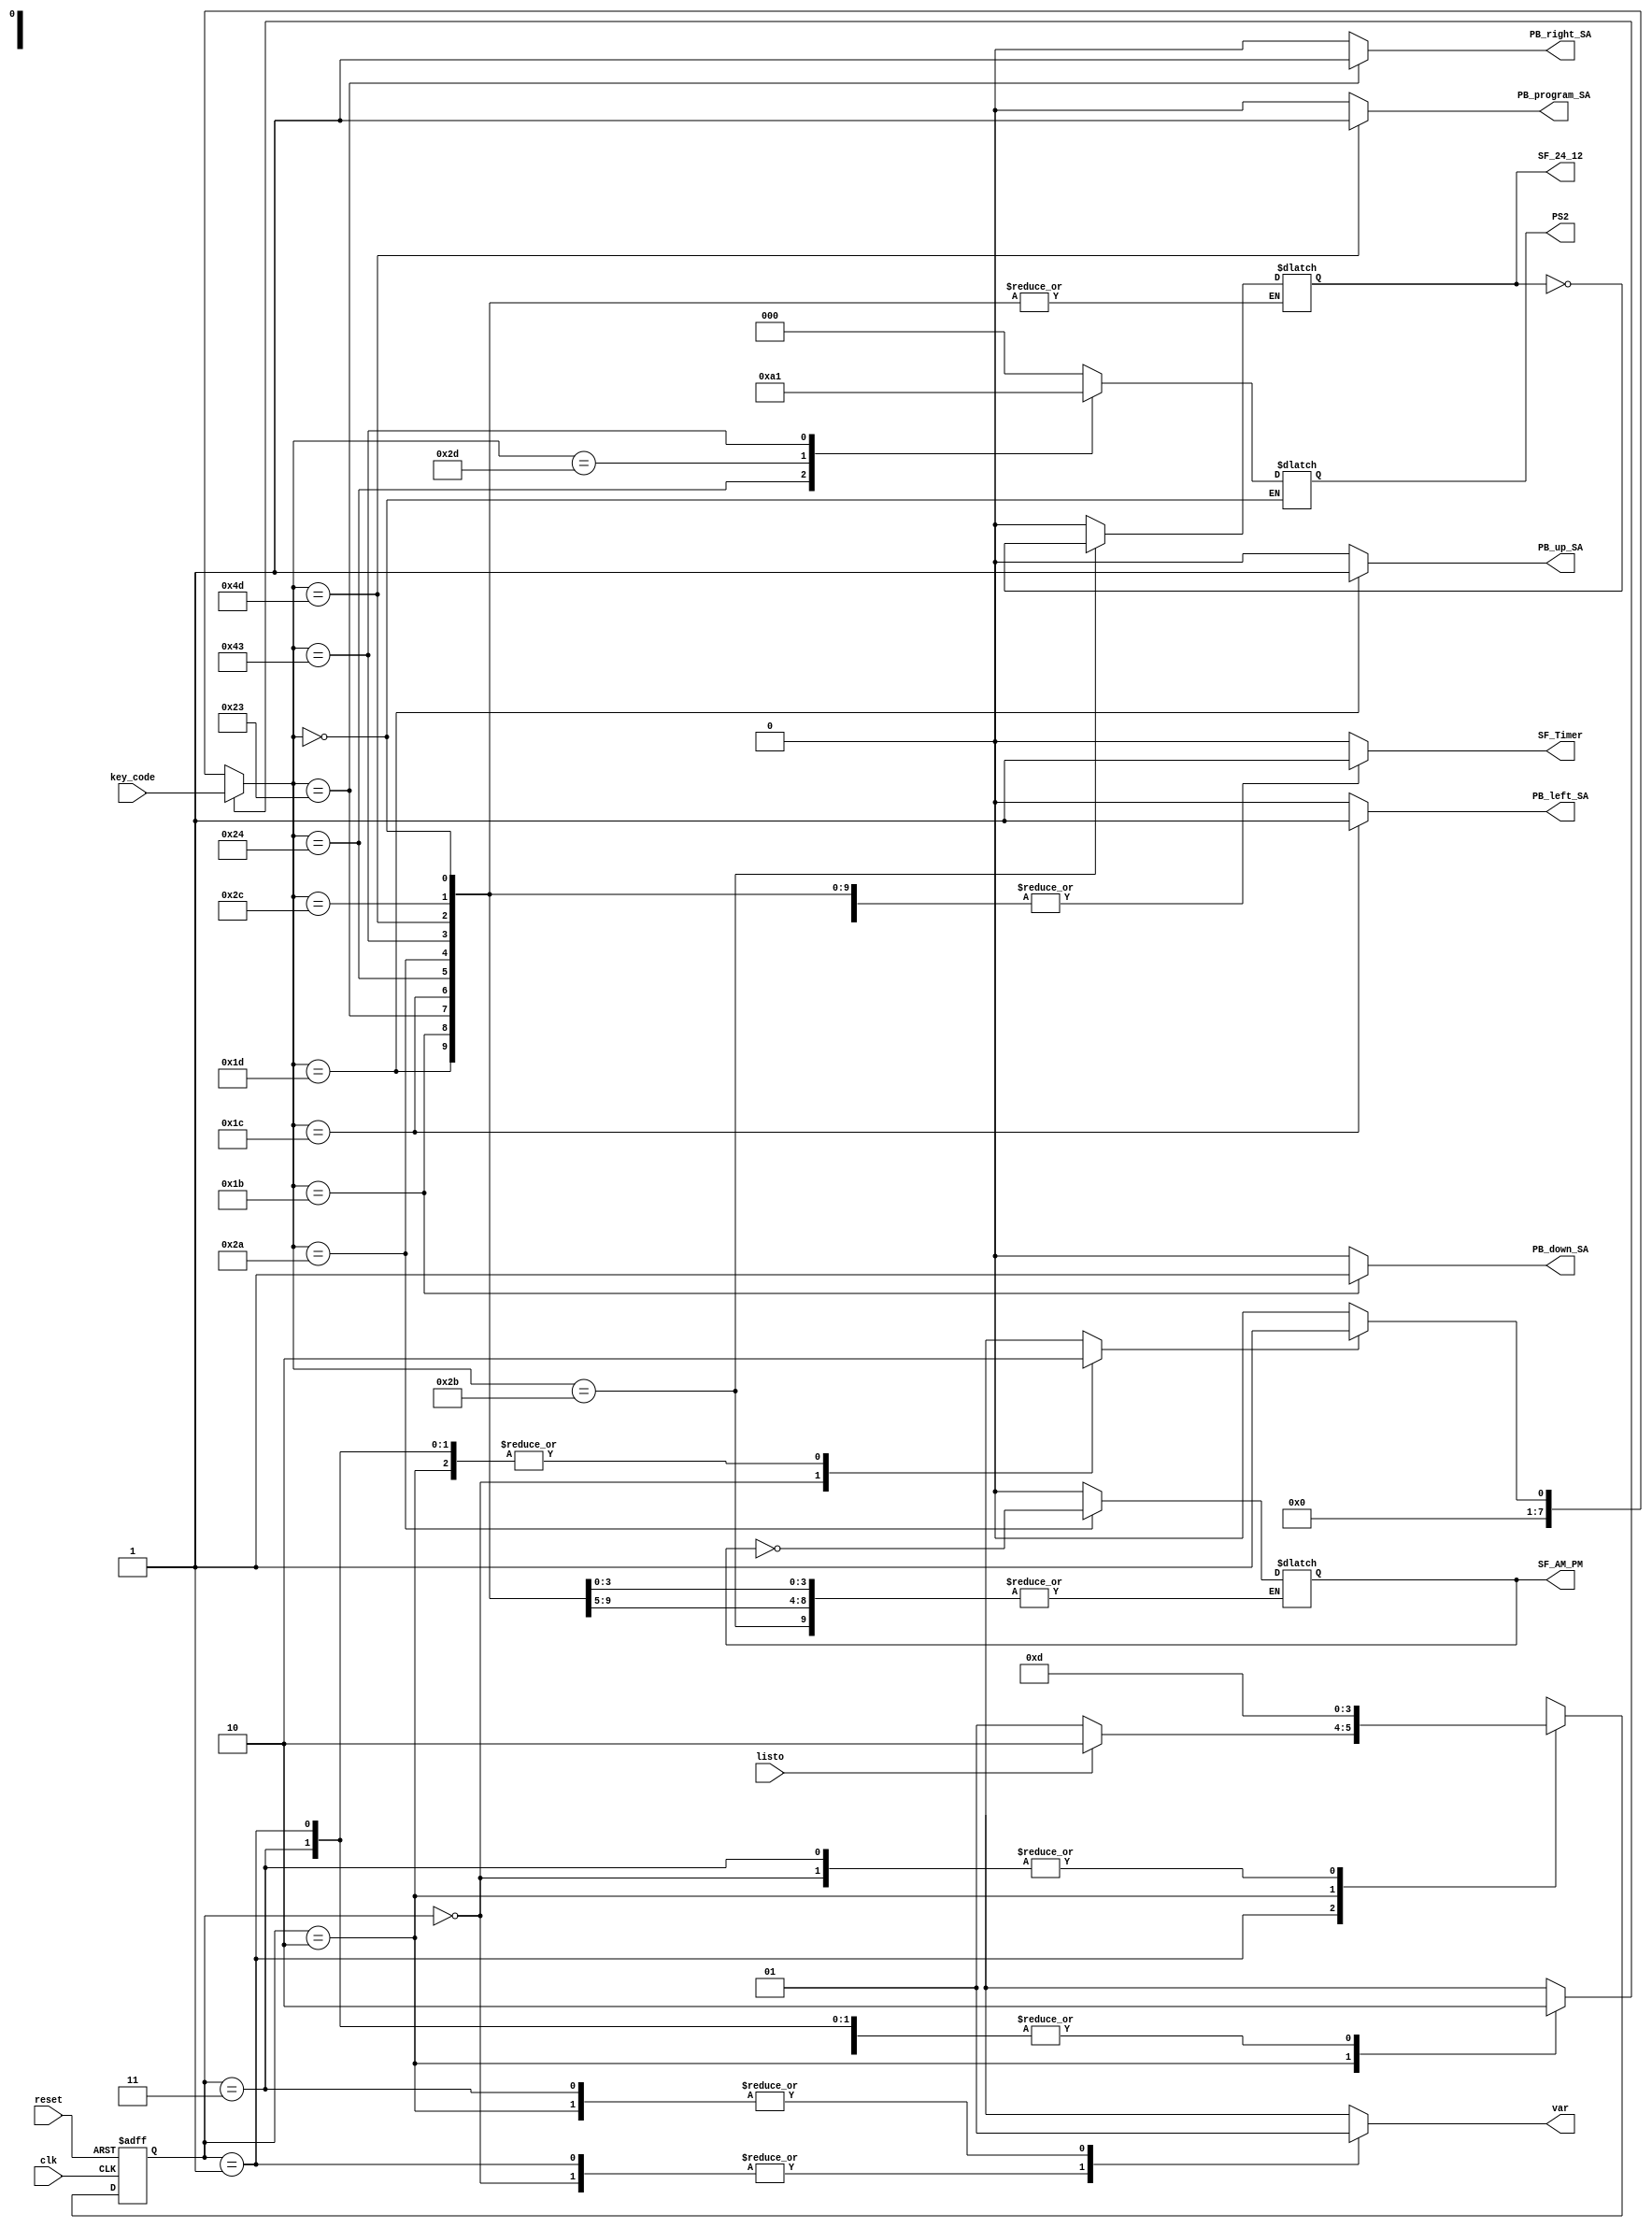
`timescale 1ns / 1ps
//////////////////////////////////////////////////////////////////////////////////
// Company: 
// Engineer: 
// 
// Design Name: 
// Module Name:    Interfaz_PS2_RTC 
// Project Name: 
// Target Devices: 
// Tool versions: 
// Description: 
//
// Dependencies: 
//
// Revision: 
// Revision 0.01 - File Created
// Additional Comments: 
//
//////////////////////////////////////////////////////////////////////////////////
module Interfaz_PS2_RTC(input [7:0]key_code,
	input listo,clk,reset,
	output reg var,
	output reg [2:0]PS2,
	output reg SF_Timer,SF_24_12,SF_AM_PM,PB_program_SA,PB_up_SA,PB_left_SA,PB_right_SA,PB_down_SA
    );

reg [7:0]Tecla_leida;
reg [1:0] Est_Actual,Est_Sig;
reg listo1,ini;

always @(posedge clk, posedge reset)
begin 
	if (reset)
		Est_Actual<=2'b00;
	else
		Est_Actual<=Est_Sig;
end 

always @*
begin
	Est_Sig=Est_Actual;
	case (Est_Actual)
		2'b00:
		begin
			ini = 1'b1;
			listo1 = 1'b0;
			var = 1'b0;
			Est_Sig = 2'b01;
		end
		2'b01: 
		begin
			ini = 1'b0;
			listo1 = 1'b0;
			var = 1'b0;
			if (listo)
				Est_Sig = 2'b10;
			else
			begin
				Est_Sig = 2'b01;
			end
		end
		2'b10:
		begin 
			ini = 1'b0;
			listo1 = 1'b1;
			var = 1'b1;
			Est_Sig = 2'b11;
		end
		2'b11:
		begin
			ini = 1'b0;
			listo1 = 1'b0;
			var = 1'b1;
			Est_Sig = 2'b01;
		end 
		default: 
		begin
			ini = 1'b0;
			Est_Sig = 2'b00;
			listo1 = 1'b0;
			var = 1'b0;
		end
	endcase
end

always @*
begin
	if (listo1)
		Tecla_leida = key_code;
	else if (ini)
		Tecla_leida = 8'b00000001;
	else
		Tecla_leida = 8'b00000000;
end

always @*
	case(Tecla_leida)
		8'h00:begin
			PS2 = PS2;
			SF_Timer = 1'b1;
			SF_24_12 = SF_24_12;
			SF_AM_PM = SF_AM_PM;
			PB_program_SA = 1'b0;
			PB_up_SA = 1'b0;
			PB_left_SA = 1'b0;
			PB_right_SA = 1'b0;
			PB_down_SA = 1'b0;
		end
		8'h01:begin
			PS2 = 3'b000;
			SF_Timer = 1'b0;
			SF_24_12 = 1'b0;
			SF_AM_PM = 1'b0;
			PB_program_SA = 1'b0;
			PB_up_SA = 1'b0;
			PB_left_SA = 1'b0;
			PB_right_SA = 1'b0;
			PB_down_SA = 1'b0;
		end
		8'h1d:begin
			PS2 = 3'b000;
			SF_Timer = 1'b1;
			SF_24_12 = SF_24_12;
			SF_AM_PM = SF_AM_PM;
			PB_program_SA = 1'b0;
			PB_up_SA = 1'b1;
			PB_left_SA = 1'b0;
			PB_right_SA = 1'b0;
			PB_down_SA = 1'b0;
		end
		8'h1b:begin
			PS2 = 3'b000;
			SF_Timer = 1'b1;
			SF_24_12 = SF_24_12;
			SF_AM_PM = SF_AM_PM;
			PB_program_SA = 1'b0;
			PB_up_SA = 1'b0;
			PB_left_SA = 1'b0;
			PB_right_SA = 1'b0;
			PB_down_SA = 1'b1;
		end
		8'h23:begin
			PS2 = 3'b000;
			SF_Timer = 1'b1;
			SF_24_12 = SF_24_12;
			SF_AM_PM = SF_AM_PM;
			PB_program_SA = 1'b0;
			PB_up_SA = 1'b0;
			PB_left_SA = 1'b0;
			PB_right_SA = 1'b1;
			PB_down_SA = 1'b0;
		end
		8'h1c:begin
			PS2 = 3'b000;
			SF_Timer = 1'b1;
			SF_24_12 = SF_24_12;
			SF_AM_PM = SF_AM_PM;
			PB_program_SA = 1'b0;
			PB_up_SA = 1'b0;
			PB_left_SA = 1'b1;
			PB_right_SA = 1'b0;
			PB_down_SA = 1'b0;
		end
		8'h24:begin
			PS2 = 3'b010;
			SF_Timer = 1'b1;
			SF_24_12 = SF_24_12;
			SF_AM_PM = SF_AM_PM;
			PB_program_SA = 1'b0;
			PB_up_SA = 1'b0;
			PB_left_SA = 1'b0;
			PB_right_SA = 1'b0;
			PB_down_SA = 1'b0;
		end
		8'h2d:begin
			PS2 = 3'b100;
			SF_Timer = 1'b0;
			SF_24_12 = 1'b0;
			SF_AM_PM = 1'b0;
			PB_program_SA = 1'b0;
			PB_up_SA = 1'b0;
			PB_left_SA = 1'b0;
			PB_right_SA = 1'b0;
			PB_down_SA = 1'b0;
		end
		8'h2b:begin
			PS2 = 3'b000;
			SF_Timer = 1'b1;
			SF_24_12 = ~SF_24_12;
			SF_AM_PM = SF_AM_PM;
			PB_program_SA = 1'b0;
			PB_up_SA = 1'b0;
			PB_left_SA = 1'b0;
			PB_right_SA = 1'b0;
			PB_down_SA = 1'b0;
		end
		8'h2a:begin
			PS2 = 3'b000;
			SF_Timer = 1'b1;
			SF_24_12 = SF_24_12;
			SF_AM_PM = ~SF_AM_PM;
			PB_program_SA = 1'b0;
			PB_up_SA = 1'b0;
			PB_left_SA = 1'b0;
			PB_right_SA = 1'b0;
			PB_down_SA = 1'b0;
		end
		8'h43:begin
			PS2 = 3'b001;
			SF_Timer = 1'b1;
			SF_24_12 = SF_24_12;
			SF_AM_PM = SF_AM_PM;
			PB_program_SA = 1'b0;
			PB_up_SA = 1'b0;
			PB_left_SA = 1'b0;
			PB_right_SA = 1'b0;
			PB_down_SA = 1'b0;
		end
		8'h4d:begin
			PS2 = 3'b000;
			SF_Timer = 1'b1;
			SF_24_12 = SF_24_12;
			SF_AM_PM = SF_AM_PM;
			PB_program_SA = 1'b1;
			PB_up_SA = 1'b0;
			PB_left_SA = 1'b0;
			PB_right_SA = 1'b0;
			PB_down_SA = 1'b0;
		end
		8'h2c:begin
			PS2 = 3'b000;
			SF_Timer = 1'b1;
			SF_24_12 = SF_24_12;
			SF_AM_PM = SF_AM_PM;
			PB_program_SA = 1'b0;
			PB_up_SA = 1'b0;
			PB_left_SA = 1'b0;
			PB_right_SA = 1'b0;
			PB_down_SA = 1'b0;
		end
		default:begin
			PS2 = 3'b000;
			SF_Timer = 1'b0;
			SF_24_12 = 1'b0;
			SF_AM_PM = 1'b0;
			PB_program_SA = 1'b0;
			PB_up_SA = 1'b0;
			PB_left_SA = 1'b0;
			PB_right_SA = 1'b0;
			PB_down_SA = 1'b0;
		end
	endcase


endmodule